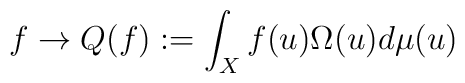
f \rightarrow Q(f):=\int_{X} f(u)\Omega(u)d\mu(u)